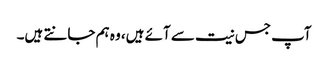
آپ جس نیت سے آئے ہیں، وہ ہم جانتے ہیں۔